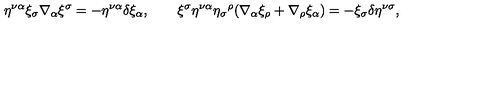
\eta ^ { \nu \alpha } \xi _ { \sigma } \nabla _ { \alpha } \xi ^ { \sigma } = - \eta ^ { \nu \alpha } \delta \xi _ { \alpha } , \qquad \xi ^ { \sigma } \eta ^ { \nu \alpha } \eta _ { \sigma } { ^ { \rho } } ( \nabla _ { \alpha } \xi _ { \rho } + \nabla _ { \rho } \xi _ { \alpha } ) = - \xi _ { \sigma } \delta \eta ^ { \nu \sigma } ,